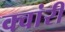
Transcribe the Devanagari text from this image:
क्वांरी